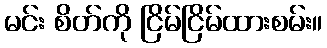
မင်း စိတ်ကို ငြိမ်ငြိမ်ထားစမ်း။